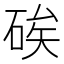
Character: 𥒲